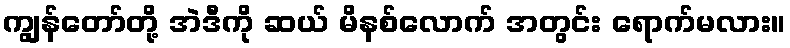
ကျွန်တော်တို့ အဲဒီကို ဆယ် မိနစ်လောက် အတွင်း ရောက်မလား။